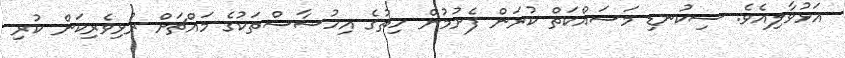
އަޅުވާލިއެވެ. ސިކުނޑި މަސައްކަތް ކުރަން ފެށުމުން ހިތުގެ އިހުސާސްތަކުގެ މައްޗަށް ރުޅިވެރިކަން ކުރި